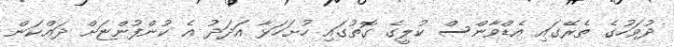
ދުވަހުގެ ތެރޭގައި އެޑްވާންސް ކުލީގެ ގޮތުގައި ހުށަހަޅާ އަދަދު އެ ކުންފުންޏަށް ދައްކަން